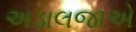
અડાલજાએ